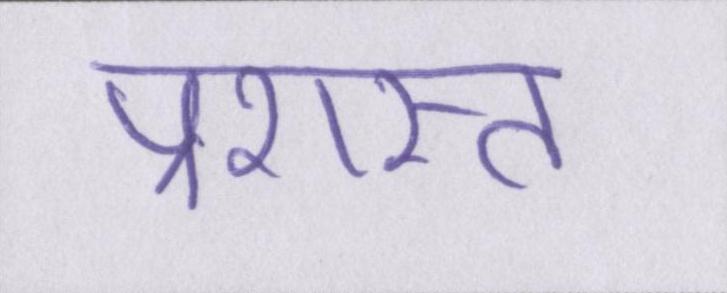
प्रशस्त